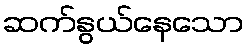
ဆက်နွယ်နေသော